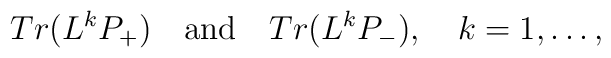
Tr(L^kP_{+}) \quad  \mbox{and} \quad Tr(L^kP_{-}), \quad k=1,\ldots,